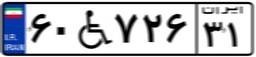
۲۵W۷۶۰۱۲